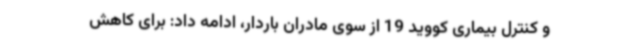
و کنترل بیماری کووید 19 از سوی مادران باردار، ادامه داد: برای کاهش